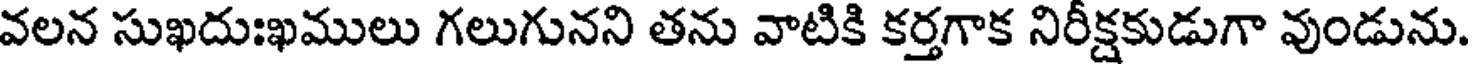
వలన సుఖదుఃఖములు గలుగునని తను వాటికి కర్తగాక నిరీక్షకుడుగా వుండును.